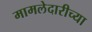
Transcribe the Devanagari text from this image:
मामलेदारीच्या